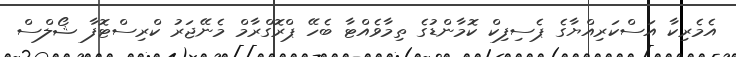
އެމެރިކާ އަސްކަރިއްޔާގެ ޕެސިފިކް ކޮމާންޑުގެ ތިމާވެއްޓާ ބެހޭ ޕްރޮގްރާމް މެނޭޖަރު ކްރިސްޓޮފާ ޝޯލްސް